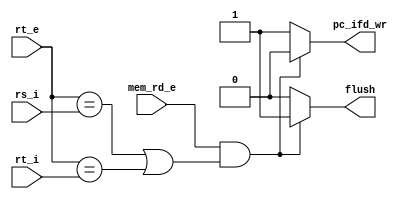
module detect(mem_rd_e, rt_e, rs_i, rt_i, flush, pc_ifd_wr);
    input mem_rd_e;
    input [4:0] rt_e, rs_i, rt_i;
    output reg flush, pc_ifd_wr;
    
    initial
    begin
        flush <= 0;
        pc_ifd_wr <= 1;
    end
        
    
    always @(*)
    begin
        if (mem_rd_e && ((rt_e == rs_i) || (rt_e == rt_i)))
        begin
            flush <= 1;
            pc_ifd_wr <= 0;
        end 
        else
        begin
            flush <= 0;
            pc_ifd_wr <= 1;
        end
    end
    
endmodule